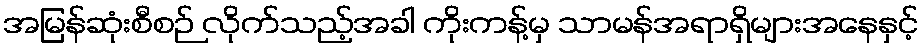
အမြန်ဆုံးစီစဉ် လိုက်သည့်အခါ ကိုးကန့်မှ သာမန်အရာရှိများအနေနှင့်